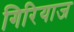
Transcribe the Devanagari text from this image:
गिरियाज